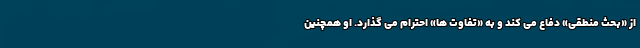
از «بحث منطقی» دفاع می کند و به «تفاوت ها» احترام می گذارد. او همچنین